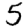
Digit: 5